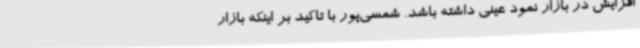
افزایش در بازار نمود عینی داشته باشد. شمسی‌پور با تاکید بر اینکه بازار